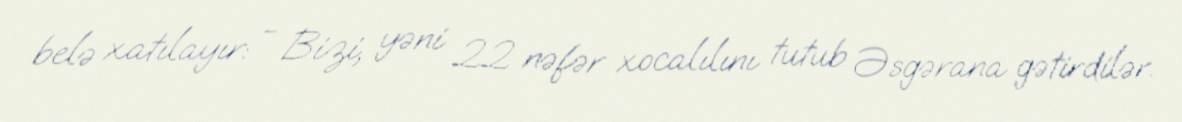
belə xatılayır: - Bizi, yəni 22 nəfər xocalılını tutub Əsgərana gətirdilər.